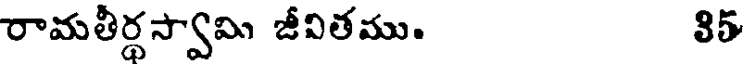
రామతీర్థస్వామి జీవితము. 85